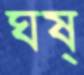
ঘষ্‌